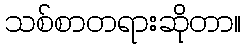
သစ်စာတရားဆိုတာ။